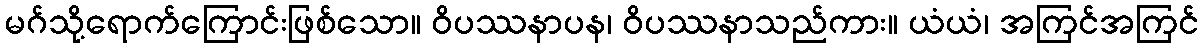
မဂ်သို့ရောက်ကြောင်းဖြစ်သော။ ဝိပဿနာပန၊ ဝိပဿနာသည်ကား။ ယံယံ၊ အကြင်အကြင်